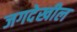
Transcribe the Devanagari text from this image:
जगदेखील